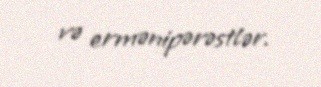
və ermənipərəstlər.